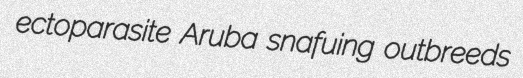
ectoparasite Aruba snafuing outbreeds